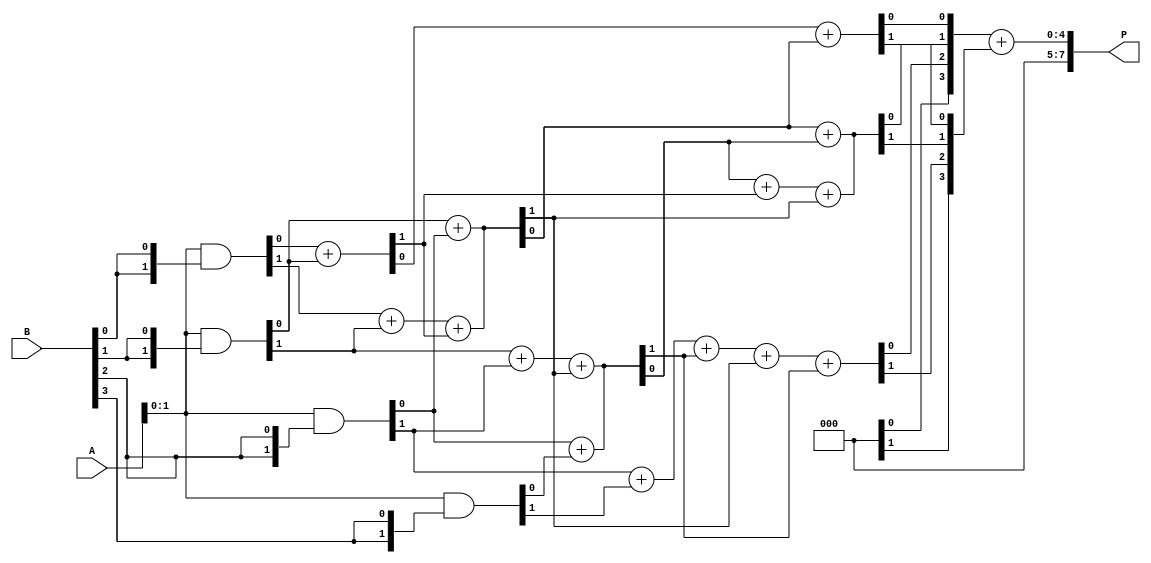
module unfolded_wallace_tree_multiplier #(parameter N = 4) (
    input [N-1:0] A,
    input [N-1:0] B,
    output reg [2*N-1:0] P
);

    // Partial product generation
    wire [N-1:0] pp [0:N-1]; // Partial products
    genvar i, j;
    generate
        for (i = 0; i < N; i = i + 1) begin : gen_partial_products
            assign pp[i] = A & {N{B[i]}};
        end
    endgenerate

    // Wallace tree reduction
    wire [N-1:0] sum [0:N-1]; // Sums at each stage
    wire [N-1:0] carry [0:N-1]; // Carries at each stage

    // Stage 1: Combine first two rows of partial products
    generate
        for (i = 0; i < N-1; i = i + 1) begin : stage1
            if (i < N-1) begin
                assign {carry[0][i], sum[0][i]} = pp[i][0] + pp[i+1][0]; // LSB
                assign {carry[0][i+1], sum[0][i+1]} = pp[i][1] + pp[i+1][1] + carry[0][i]; // Next bits
            end
        end
    endgenerate

    // Stage 2: Combine results from stage 1
    generate
        for (i = 0; i < N-1; i = i + 1) begin : stage2
            if (i < N-2) begin
                assign {carry[1][i], sum[1][i]} = sum[0][i] + sum[0][i+1]; // LSB
                assign {carry[1][i+1], sum[1][i+1]} = sum[0][i+2] + carry[0][i] + carry[0][i+1]; // Next bits
            end
        end
    endgenerate

    // Final addition stage
    wire [2*N-1:0] final_sum;
    wire [2*N-1:0] final_carry;

    assign final_sum = {1'b0, sum[1]} + {1'b0, carry[1]}; // Final addition of last two rows

    always @(*) begin
        P = final_sum; // Assign final product
    end

endmodule